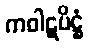
ကဝါဋပိဋ္ဌံ